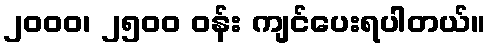
၂၀၀၀၊ ၂၅၀၀ ဝန်း ကျင်ပေးရပါတယ်။